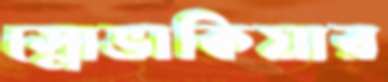
স্লোভাকিয়ার